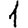
Digit: 1